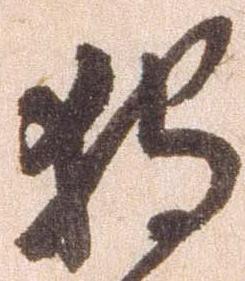
狩